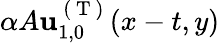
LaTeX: \alpha A\mathbf{u}_{1,0}^{\mathrm{~(~T~)~}}(x-t,y)